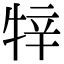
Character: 𤙡